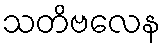
သတိဗလေန